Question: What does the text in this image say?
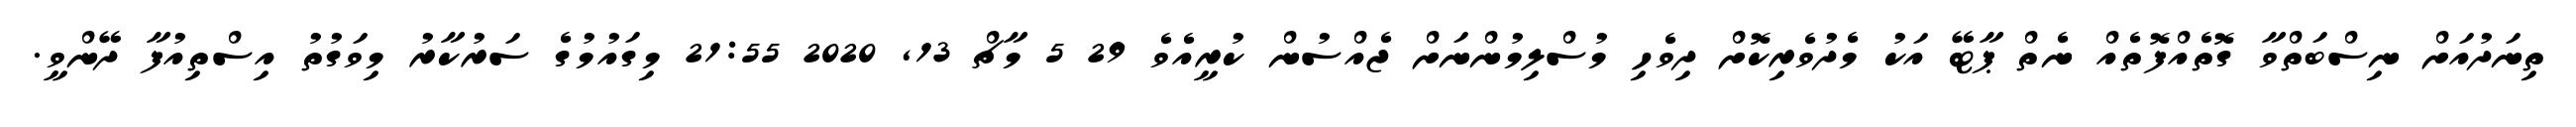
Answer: ތިނަދުއަށް ނިސްބަތްވާ ގޮތެއްފޮތެއް ނެތް ޕާޓޭ އަކު މެދުވެރިކޮށް ދިވެހި މުސްލިމުންނަށް ޖެއްސުން ކުރީއެވެ 29 5 މާޗް 13, 2020 21:55 މިގައުމުގެ ސަރުކާރު މިވަގުތު އިސްތިއުފާ ދޭންވީ.